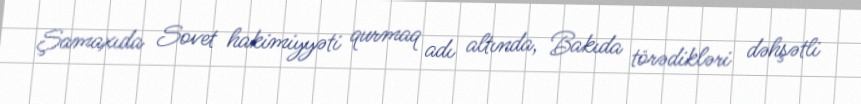
Şamaxıda Sovet hakimiyyəti qurmaq adı altında, Bakıda törədikləri dəhşətli